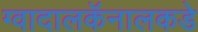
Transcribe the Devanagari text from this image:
ग्वादालकॅनालकडे